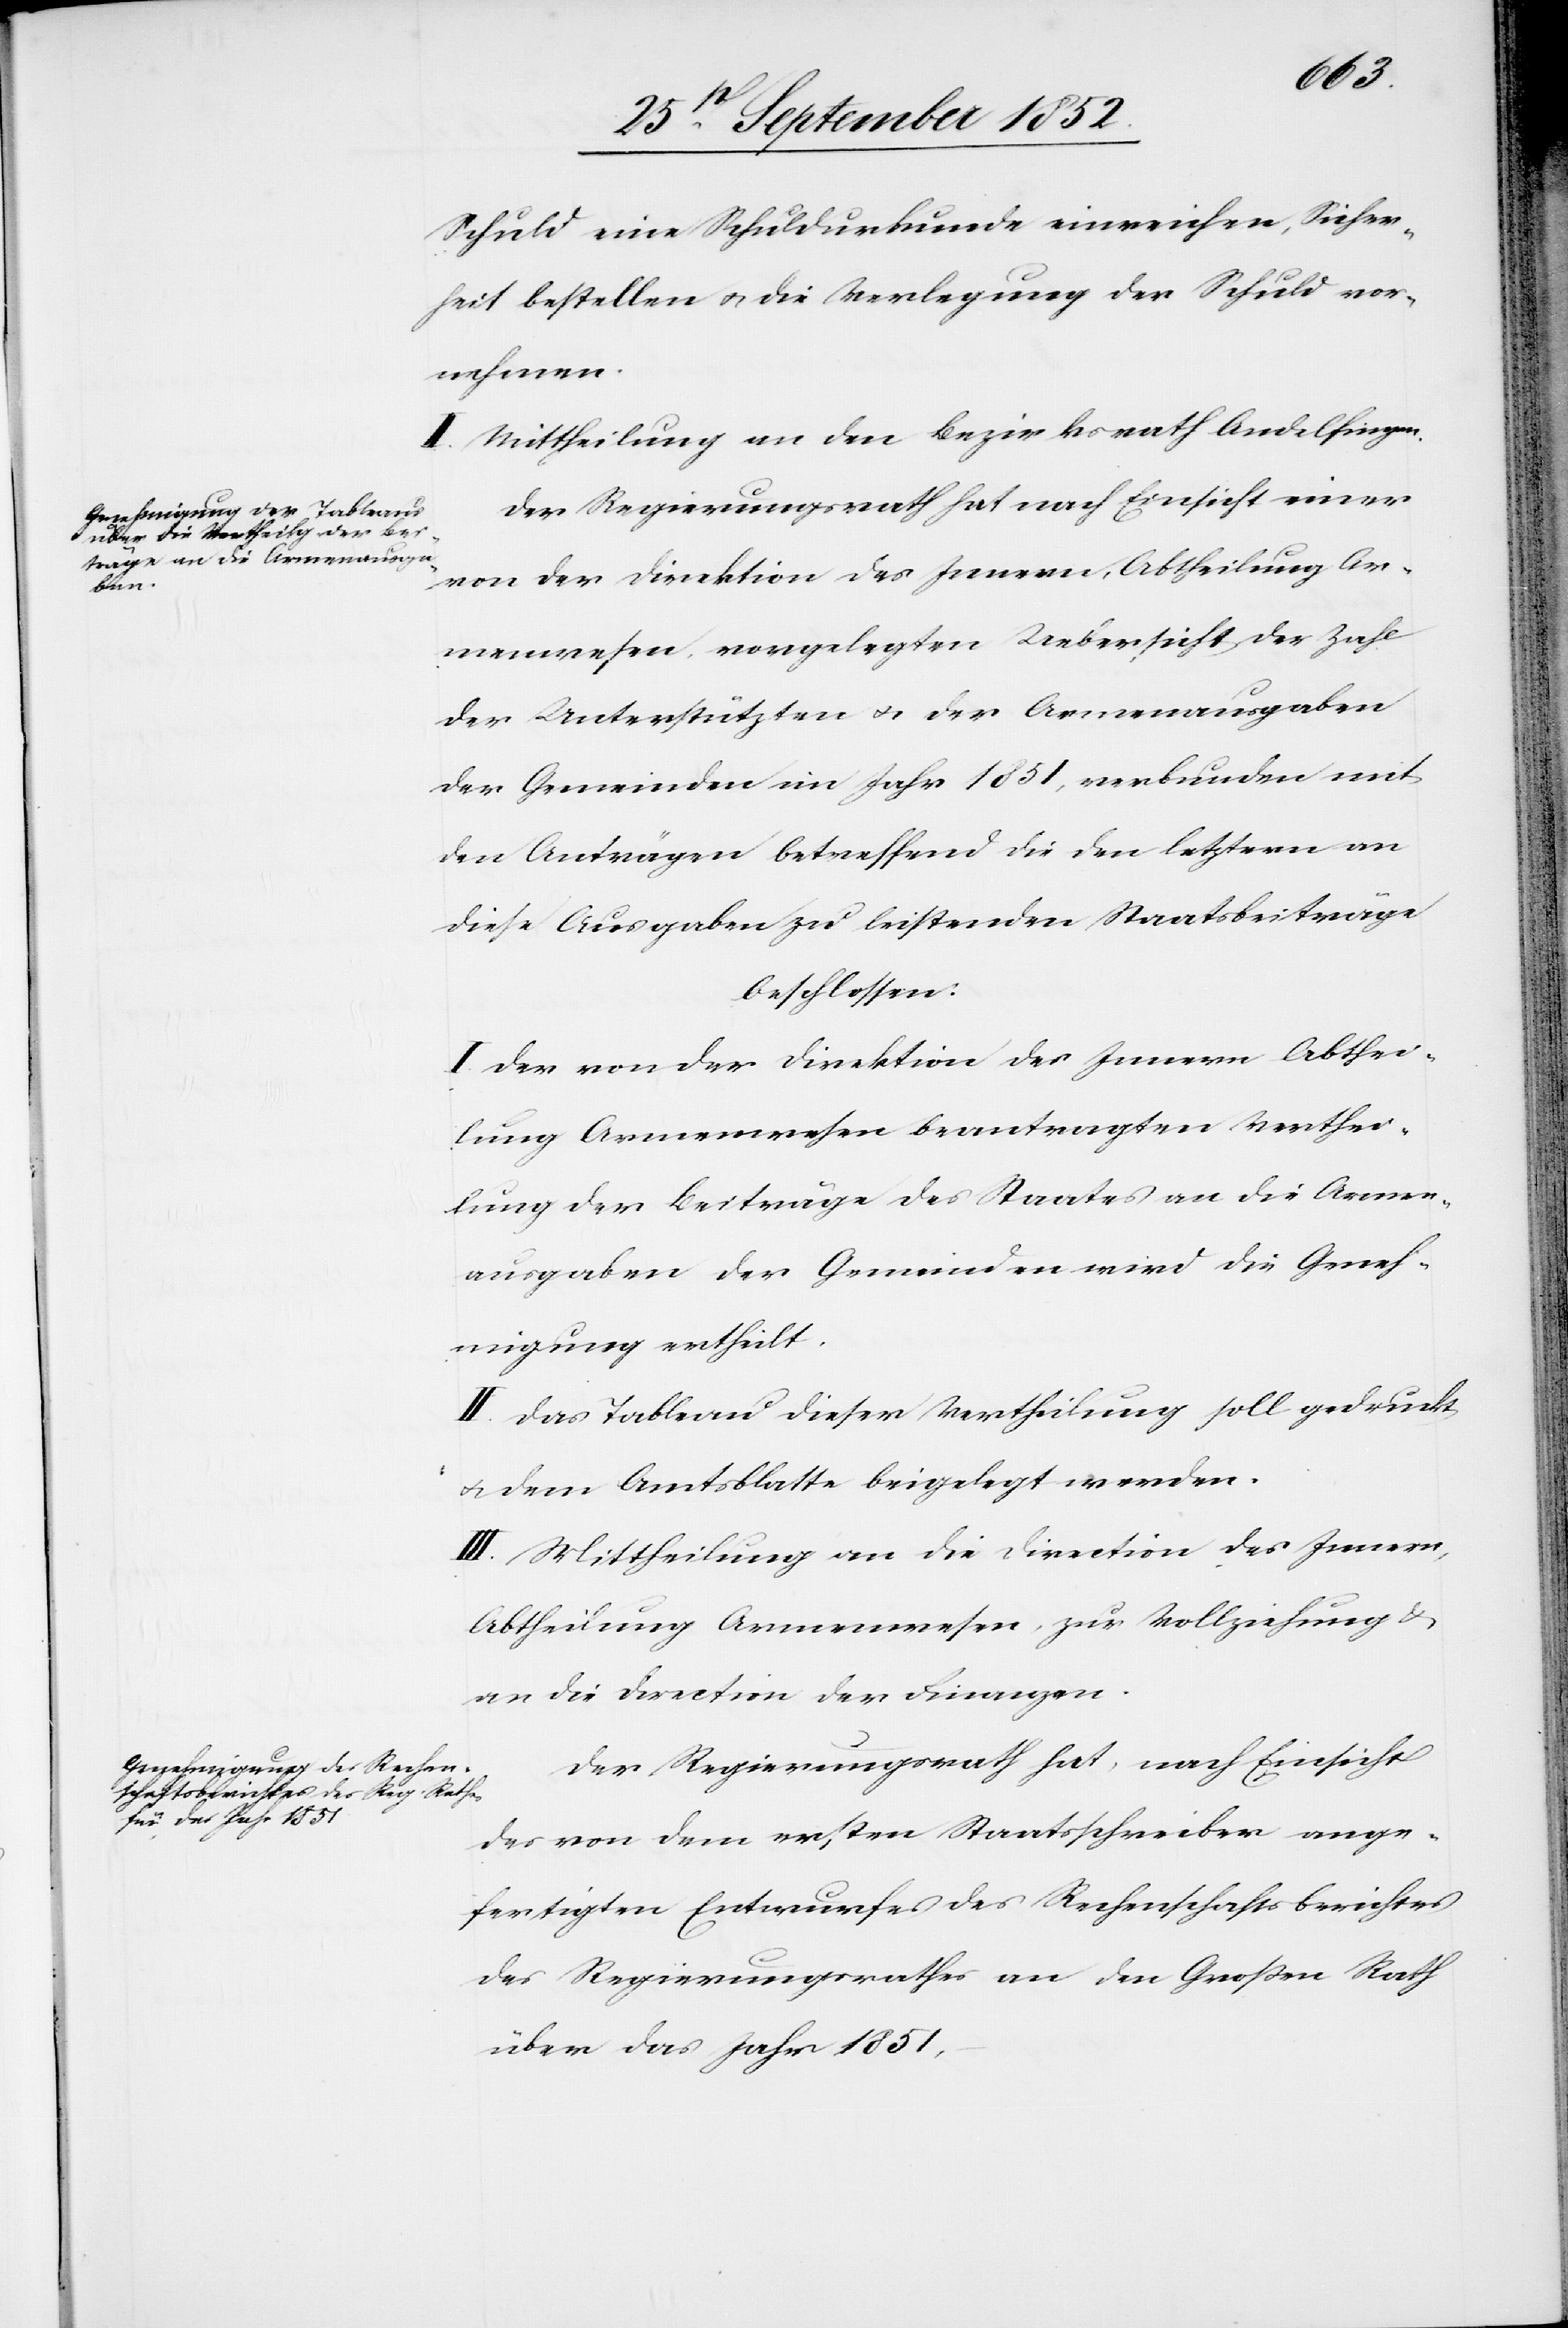
Schuld eine Schuldurkunde einreichen, Sicher¬
heit bestellen & die Verlegung der Schuld vor¬
nehmen.
II. Mittheilung an den Bezirksrath Andelfingen.
Der Regierungsrath hat nach Einsicht einer
von der Direktion des Innern, Abtheilung Ar¬
menwesen, vorgelegten Uebersicht der Zahl
der Unterstützten & der Armenausgaben
der Gemeinden im Jahr 1851, verbunden mit
den Anträgen betreffend die den letztern an
diese Ausgaben zu leistenden Staatsbeiträge
beschlossen:
I. Der von der Direktion des Innern Abthei¬
lung Armenwesen beantragten Verthei¬
lung der Beiträge des Staates an die Armen¬
ausgaben der Gemeinden wird die Geneh¬
migung ertheilt.
II. Das Tableau dieser Vertheilung soll gedruckt
& dem Amtsblatte beigelegt werden.
III. Mittheilung an die Direction des Innern,
Abtheilung Armenwesen, zur Vollziehung &
an die Direction der Finanzen.
Der Regierungsrath hat, nach Einsicht
des von dem ersten Staatsschreiber ange¬
fertigten Entwurfes des Rechenschaftsberichtes
des Regierungsrathes an den Großen Rath
über das Jahr 1851,